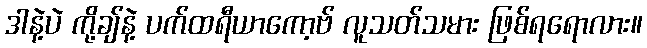
ဒါနဲ့ပဲ ကို့ချ်နဲ့ ပက်ထရီယာကော့ဗ် လူသတ်သမား ဖြစ်ရရောလား။